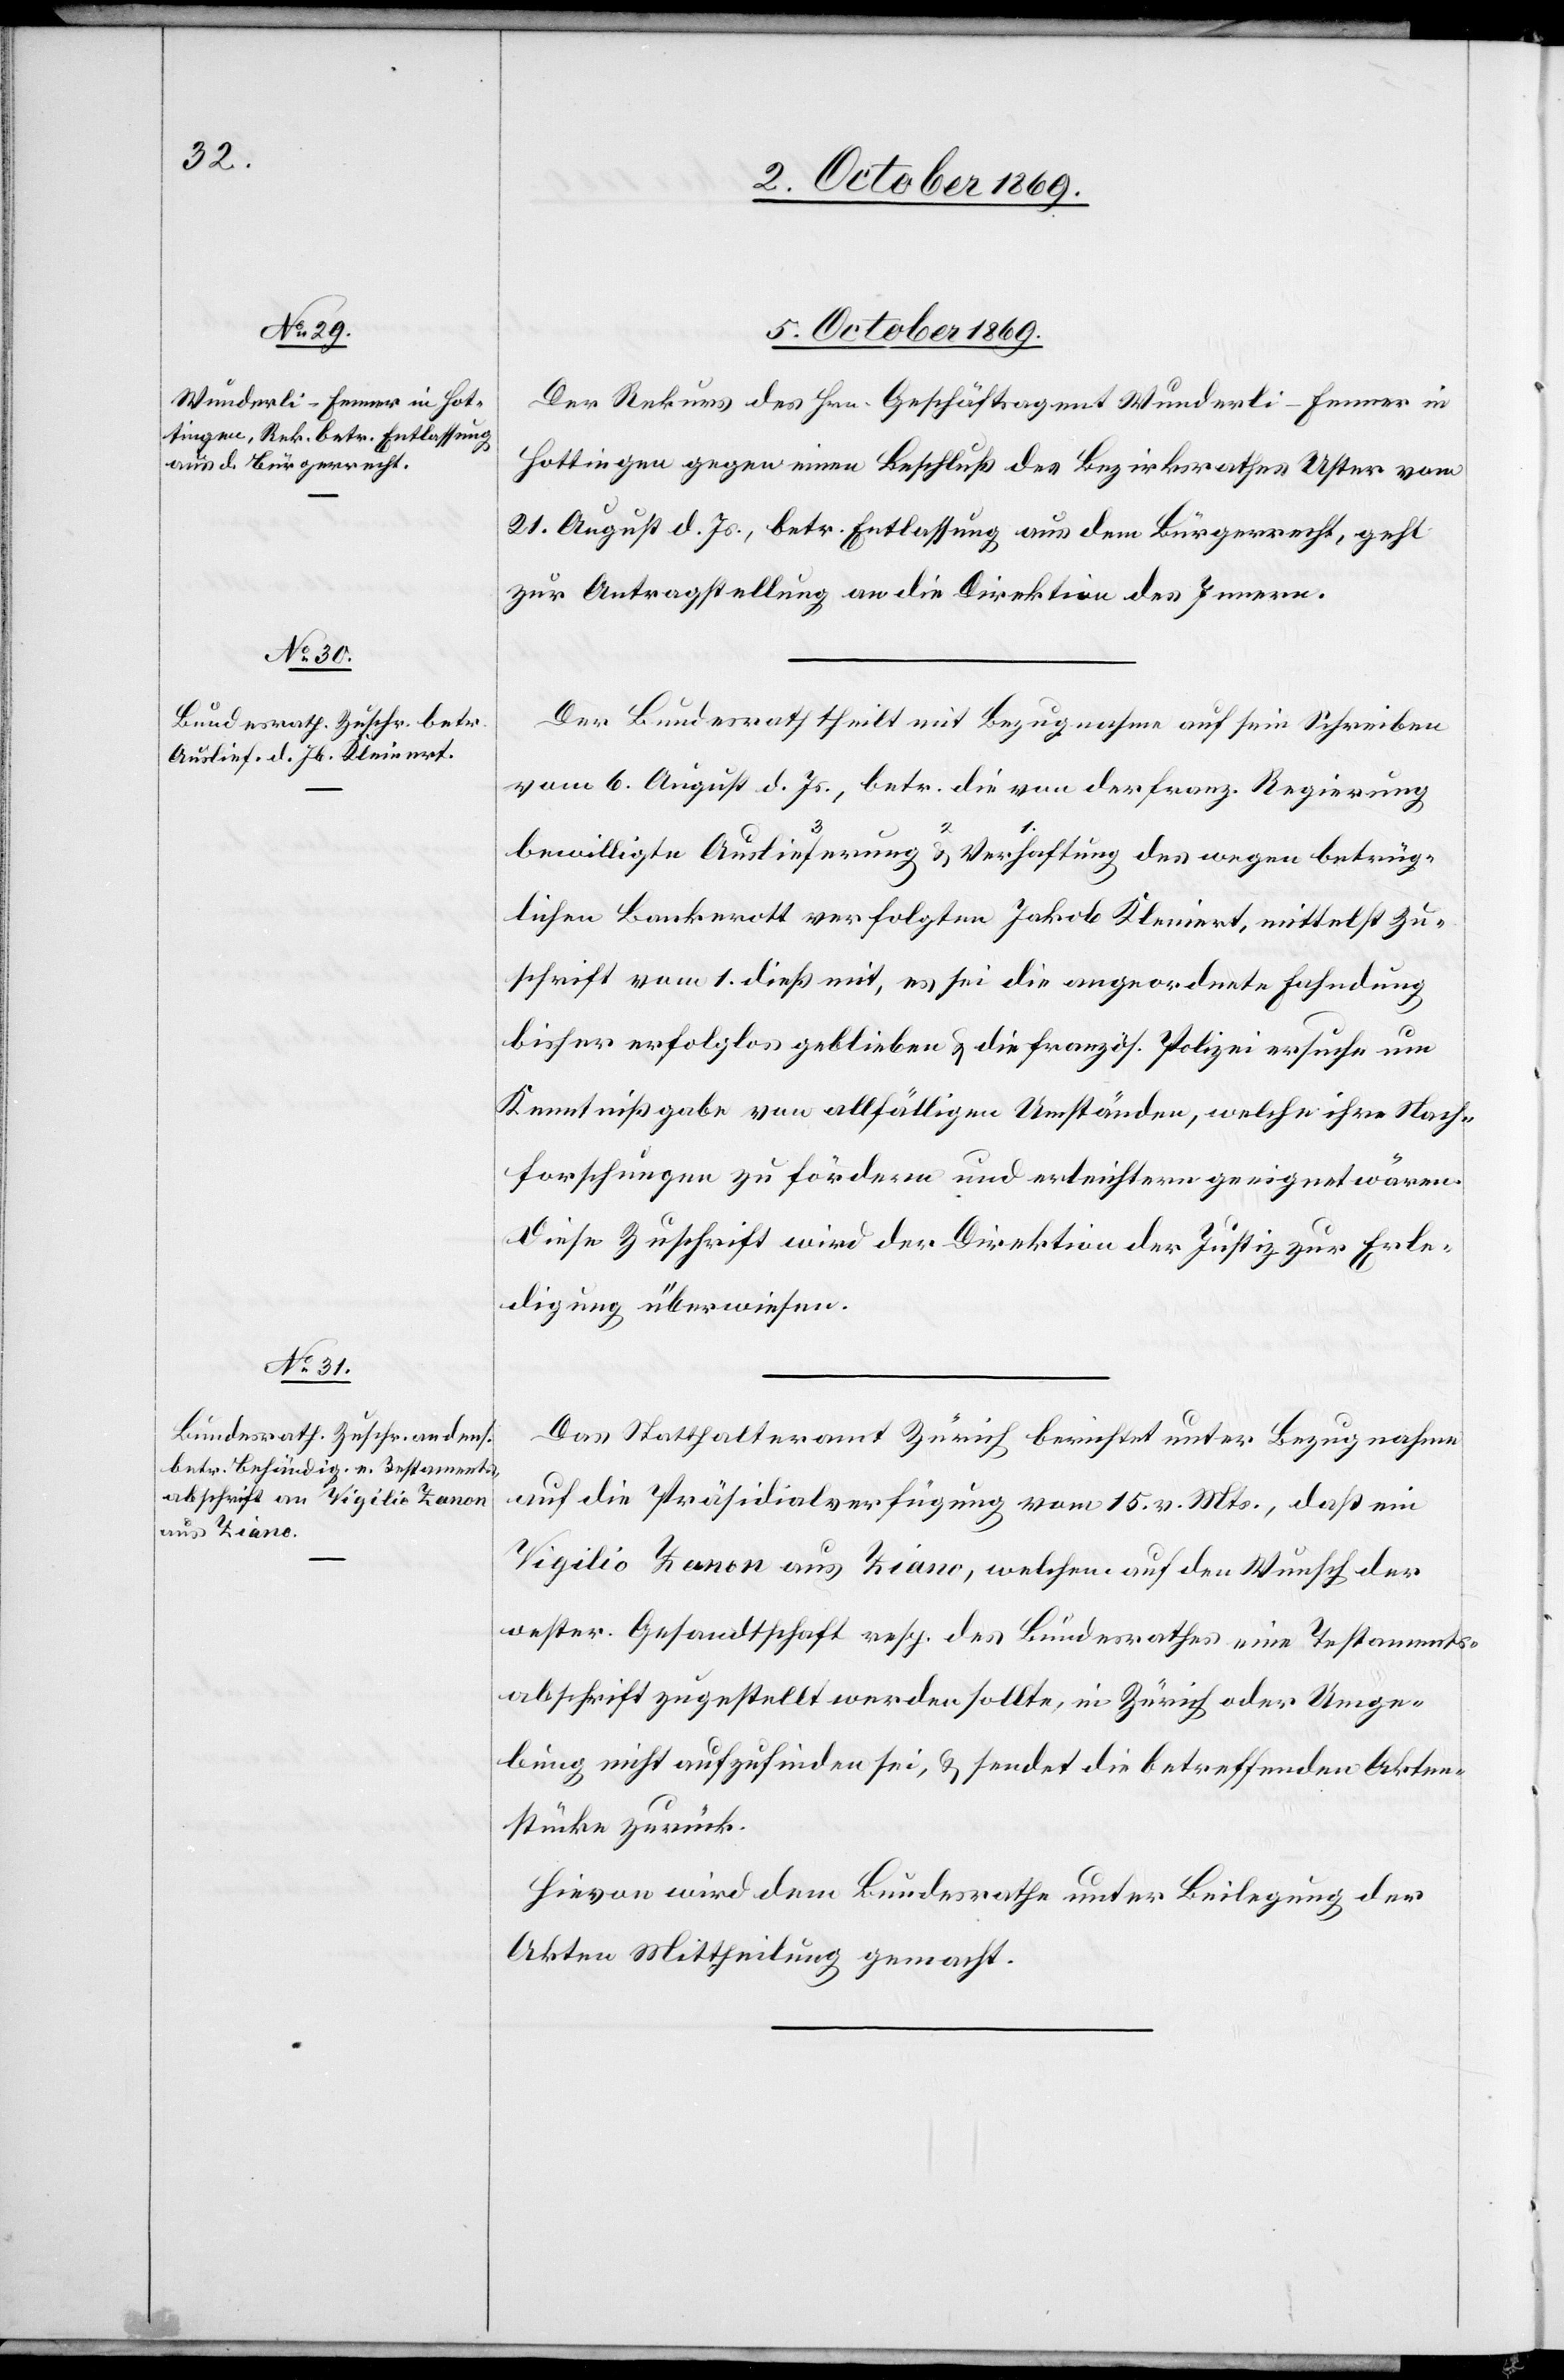
5. October 1869.]
des wegen betrüg¬
Der Rekurs des Hrn. Geschäftsagent Wunderli-Fenner in
Hottingen gegen einen Beschluß des Bezirksrathes Uster vom
21. August d. Js., betr. Entlassung aus dem Bürgerrecht, geht
zur Antragstellung an die Direktion des Innern.
Der Bundesrath theilt mit Bezugnahme auf sein Schreiben
vom 6. August d. Js., betr. die von der franz. Regierung
lichen Bankerott verfolgten Jakob Kleinert, mittelst Zu¬
schrift vom 1. dieß mit, es sei die angeordnete Fahndung
bisher erfolglos geblieben & die französ. Polizei ersuche um
Kenntnißgabe von allfälligen Umständen, welche ihre Nach¬
forschungen zu fördern und erleichtern geeignet wären.
Diese Zuschrift wird der Direktion der Justiz zur Erle¬
digung überwiesen.
Das Statthalteramt Zürich berichtet unter Bezugnahme
auf die Präsidialverfügung vom 15. v. Mts., daß ein
Vigilio Zanon aus Ziano, welchem auf den Wunsch der
oester. Gesandtschaft resp. des Bundesrathes eine Testaments¬
abschrift zugestellt werden sollte, in Zürich oder Umge¬
bung nicht aufzufinden sei, & sendet die betreffenden Akten¬
stücke zurück.
Hievon wird dem Bundesrathe unter Beilegung der
Akten Mittheilung gemacht.